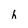
Character: h